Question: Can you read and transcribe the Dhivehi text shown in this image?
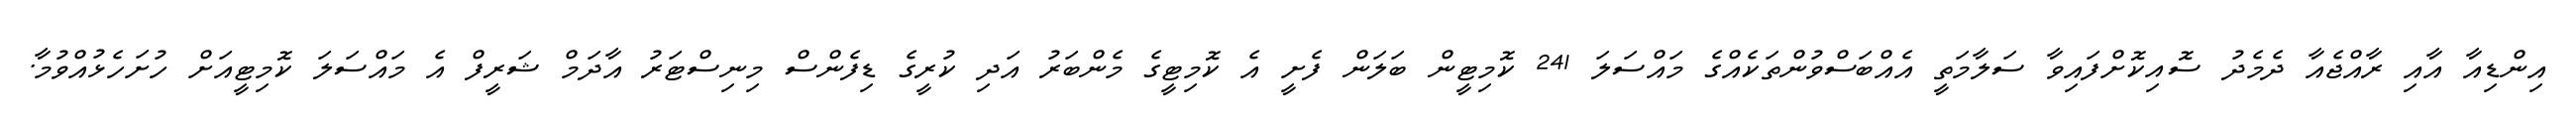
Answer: އިންޑިއާ އާއި ރާއްޖެއާ ދެމެދު ސޮއިކޮށްފައިވާ ސަލާމަތީ އެއްބަސްވުންތަކެއްގެ މައްސަލަ 241 ކޮމިޓީން ބަލަން ފެށީ އެ ކޮމިޓީގެ މެންބަރު އަދި ކުރީގެ ޑިފެންސް މިނިސްޓަރު އާދަމް ޝަރީފް އެ މައްސަލަ ކޮމިޓީއަށް ހުށަހެޅުއްވުމާ.